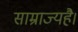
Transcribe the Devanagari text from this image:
साम्राज्यहै।